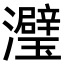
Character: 𬉭